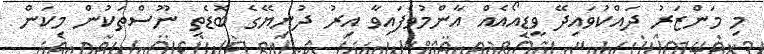
މި މަންޒަރު ދައްކުވައިދޭ ވީޑިއޯއެއް އާންމުވެފައިވާ އިރު ދުނިޔޭގެ ބޮޑެތި ނޫސްތަކުން މިކަން